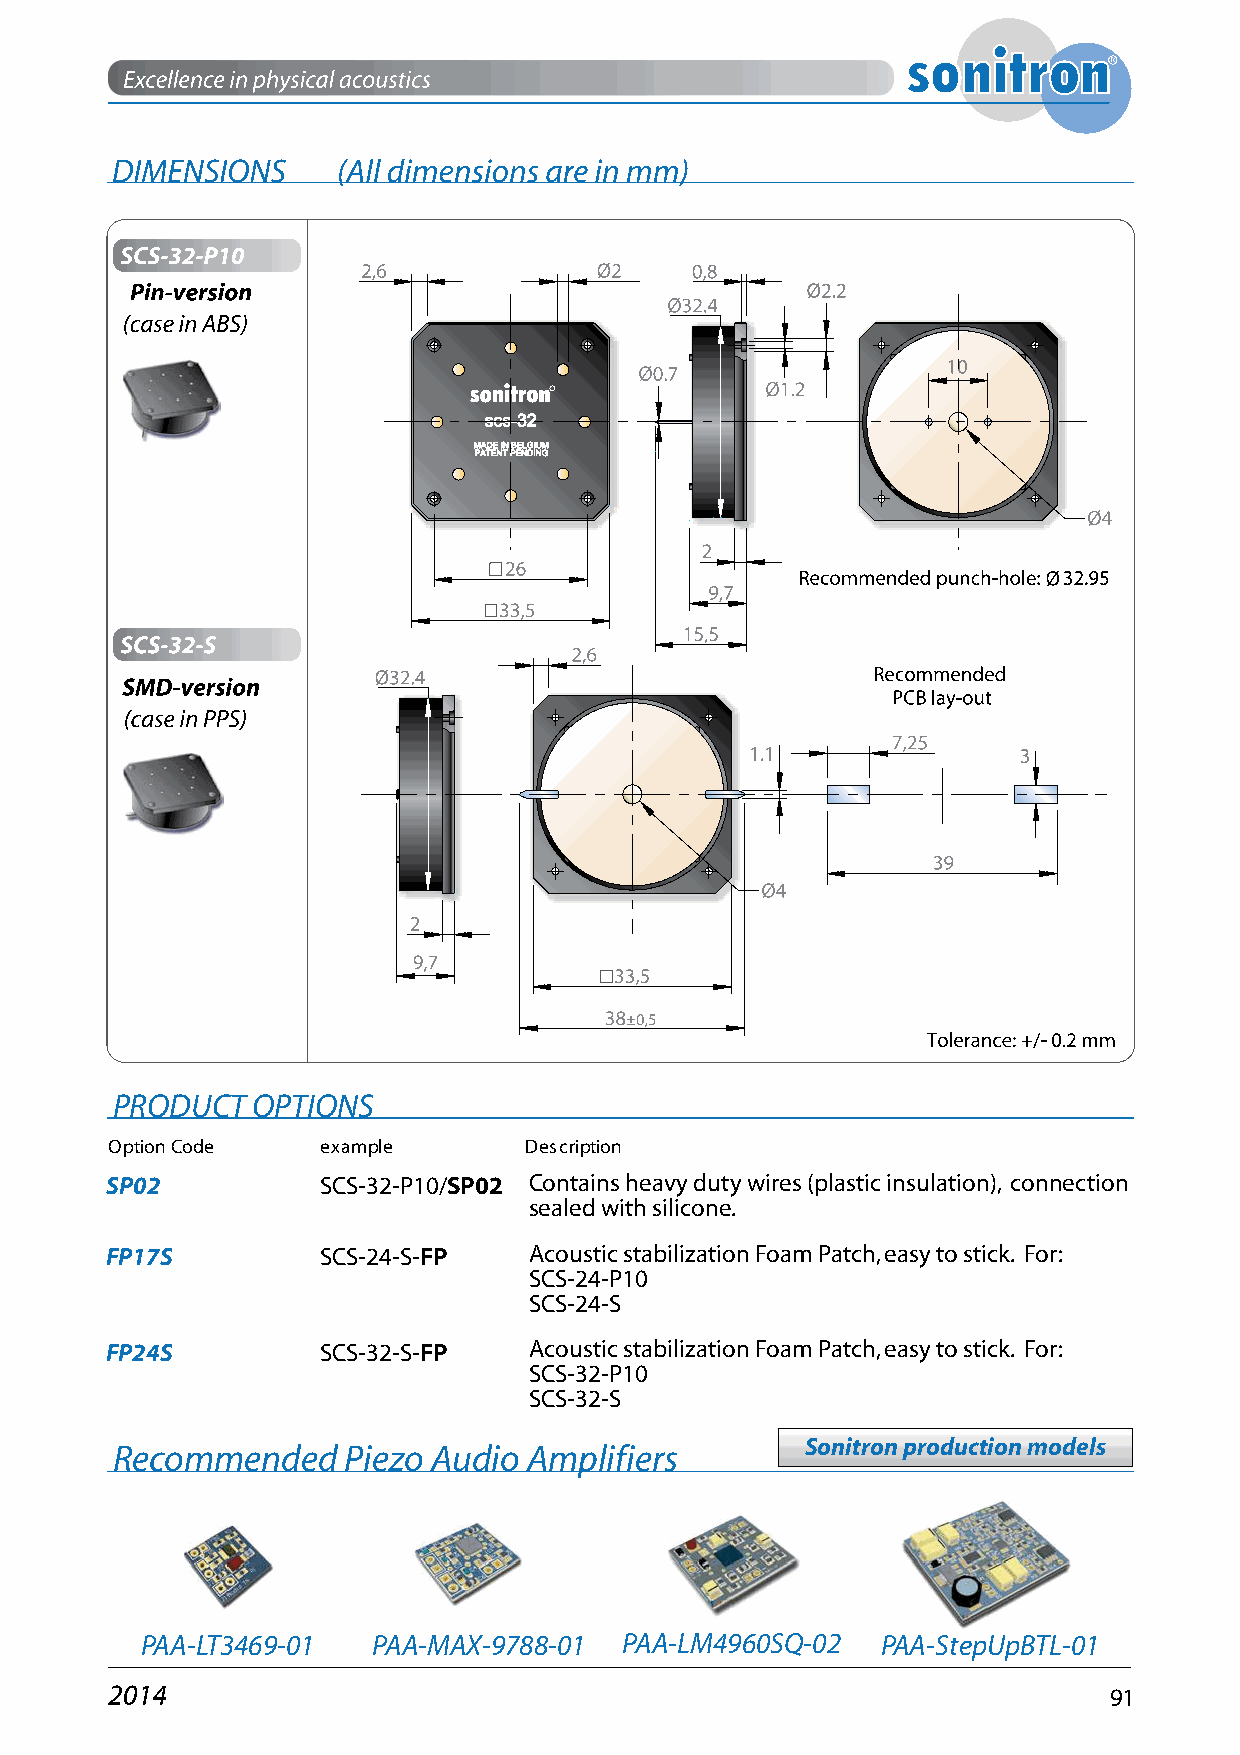
PRODUCT   OPTIONS
 Option Code   example       Description
 SP02          SCS-32-P10/SP02 Contains heavy duty wires (plastic insulation), connection
 sealed with silicone.
 FP17S         SCS-24-S-FP   Acoustic stabilization Foam Patch, easy to stick. For:
 SCS-24-P10
 SCS-24-S
 FP24S         SCS-32-S-FP   Acoustic stabilization Foam Patch, easy to stick. For:
 SCS-32-P10
 SCS-32-S
 Recommended     Piezo Audio Amplifiers        Sonitron production models
 PAA-LT3469-01   PAA-MAX-9788-01 PAA-LM4960SQ-02  PAA-StepUpBTL-01
 91